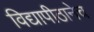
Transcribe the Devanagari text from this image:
विद्यापीठानेच